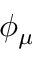
\phi _ { \mu }